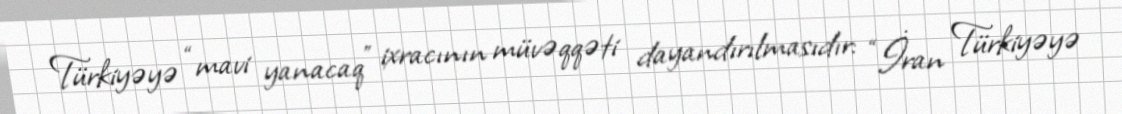
Türkiyəyə “mavi yanacaq” ixracının müvəqqəti dayandırılmasıdır: “İran Türkiyəyə